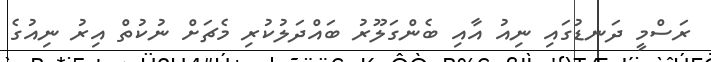
ރަސްމީ ދަނޑުގައި ނިއު އާއި ބެންގަލޫރު ބައްދަލުކުރި މެޗަށް ނުކުތް އިރު ނިއުގެ